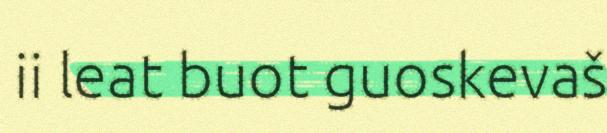
ii leat buot guoskevaš